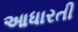
આધારતી